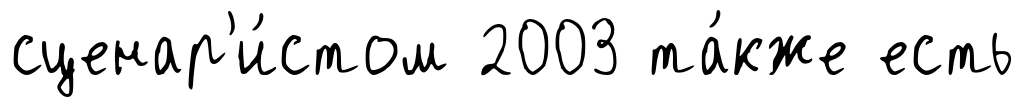
сценар'и́стом 2003 та́кже есть